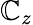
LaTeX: \mathbb{C}_{z}